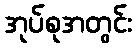
အုပ်စုအတွင်း